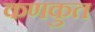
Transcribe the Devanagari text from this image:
कणकुत